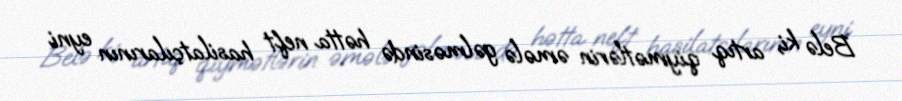
Belə ki, artıq qiymətlərin əmələ gəlməsində hətta neft hasilatçılarının eyni